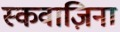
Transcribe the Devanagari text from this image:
स्कवाज़िना